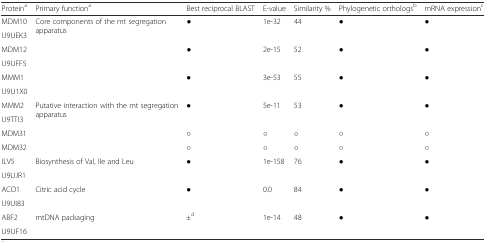
<table><thead><tr><td><b>Protein<sup>a</sup></b></td><td><b>Primary function<sup>a</sup></b></td><td><b>Best reciprocal BLAST</b></td><td><b>E-value</b></td><td><b>Similarity %</b></td><td><b>Phylogenetic orthologs<sup>b</sup></b></td><td><b>mRNA expression<sup>c</sup></b></td></tr></thead><tbody><tr><td>MDM10</td><td rowspan="6">Core components of the mt segregation apparatus</td><td rowspan="2">●</td><td rowspan="2">1e-32</td><td rowspan="2">44</td><td rowspan="2">●</td><td rowspan="2">●</td></tr><tr><td>U9UEK3</td></tr><tr><td>MDM12</td><td rowspan="2">●</td><td rowspan="2">2e-15</td><td rowspan="2">52</td><td rowspan="2">●</td><td rowspan="2">●</td></tr><tr><td>U9UFF5</td></tr><tr><td>MMM1</td><td rowspan="2">●</td><td rowspan="2">3e-53</td><td rowspan="2">55</td><td rowspan="2">●</td><td rowspan="2">●</td></tr><tr><td>U9U1X0</td></tr><tr><td>MMM2</td><td rowspan="4">Putative interaction with the mt segregation apparatus</td><td rowspan="2">●</td><td rowspan="2">5e-11</td><td rowspan="2">53</td><td rowspan="2">●</td><td rowspan="2">●</td></tr><tr><td>U9TTI3</td></tr><tr><td>MDM31</td><td>○</td><td>○</td><td>○</td><td>○</td><td>○</td></tr><tr><td>MDM32</td><td>○</td><td>○</td><td>○</td><td>○</td><td>○</td></tr><tr><td>ILV5</td><td rowspan="2">Biosynthesis of Val, Ile and Leu</td><td rowspan="2">●</td><td rowspan="2">1e-158</td><td rowspan="2">76</td><td rowspan="2">●</td><td rowspan="2">●</td></tr><tr><td>U9UJR1</td></tr><tr><td>ACO1</td><td rowspan="2">Citric acid cycle</td><td rowspan="2">●</td><td rowspan="2">0.0</td><td rowspan="2">84</td><td rowspan="2">●</td><td rowspan="2">●</td></tr><tr><td>U9UI83</td></tr><tr><td>ABF2</td><td rowspan="2">mtDNA packaging</td><td rowspan="2">±<sup>d</sup></td><td rowspan="2">1e-14</td><td rowspan="2">48</td><td rowspan="2">●</td><td rowspan="2">●</td></tr><tr><td>U9UF16</td></tr></tbody></table>